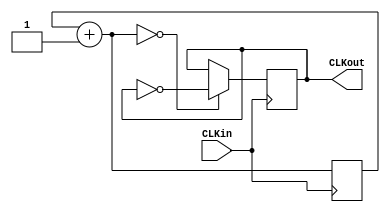
/*
CLKDIV16 CopyRight By WenX(c) 2011
Wenxiao1992@gmail.com
edited at 2011-11-4 at Southeast University

This is part of the Open Logic Analyzer in FPGA project
it is a open project of Logic Analyzer in Google Project Hosting
see <http://code.google.com/p/open-logic-analyzer-in-fpga/>

This program is free software: you can redistribute it and/or modify
it under the terms of the GNU General Public License as published by
the Free Software Foundation, either version 3 of the License, or
(at your option) any later version.

This program is distributed in the hope that it will be useful,
but WITHOUT ANY WARRANTY; without even the implied warranty of
MERCHANTABILITY or FITNESS FOR A PARTICULAR PURPOSE.  See the
GNU General Public License at <http://www.gnu.org/licenses/>
for more details.
*/

module CLKD16(CLKin,CLKout);
	input CLKin;
	output reg CLKout;
	
	reg [2:0] step;
	
	always @(posedge CLKin)begin
		step=step+1;
		if(step==0)
			CLKout=~CLKout;
	end

endmodule